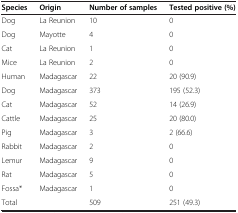
<table><thead><tr><td><b>Species</b></td><td><b>Origin</b></td><td><b>Number of samples</b></td><td><b>Tested positive (%)</b></td></tr></thead><tbody><tr><td>Dog</td><td>La Reunion</td><td>10</td><td>0</td></tr><tr><td>Dog</td><td>Mayotte</td><td>4</td><td>0</td></tr><tr><td>Cat</td><td>La Reunion</td><td>1</td><td>0</td></tr><tr><td>Mice</td><td>La Reunion</td><td>2</td><td>0</td></tr><tr><td>Human</td><td>Madagascar</td><td>22</td><td>20 (90.9)</td></tr><tr><td>Dog</td><td>Madagascar</td><td>373</td><td>195 (52.3)</td></tr><tr><td>Cat</td><td>Madagascar</td><td>52</td><td>14 (26.9)</td></tr><tr><td>Cattle</td><td>Madagascar</td><td>25</td><td>20 (80.0)</td></tr><tr><td>Pig</td><td>Madagascar</td><td>3</td><td>2 (66.6)</td></tr><tr><td>Rabbit</td><td>Madagascar</td><td>2</td><td>0</td></tr><tr><td>Lemur</td><td>Madagascar</td><td>9</td><td>0</td></tr><tr><td>Rat</td><td>Madagascar</td><td>5</td><td>0</td></tr><tr><td>Fossa*</td><td>Madagascar</td><td>1</td><td>0</td></tr><tr><td>Total</td><td> </td><td>509</td><td>251 (49.3)</td></tr></tbody></table>